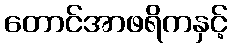
တောင်အာဖရိကနှင့်